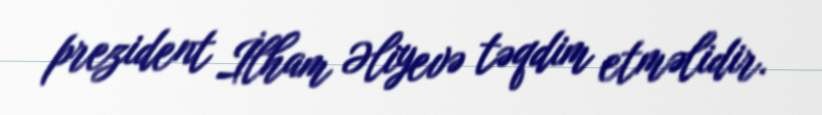
prezident İlham Əliyevə təqdim etməlidir.